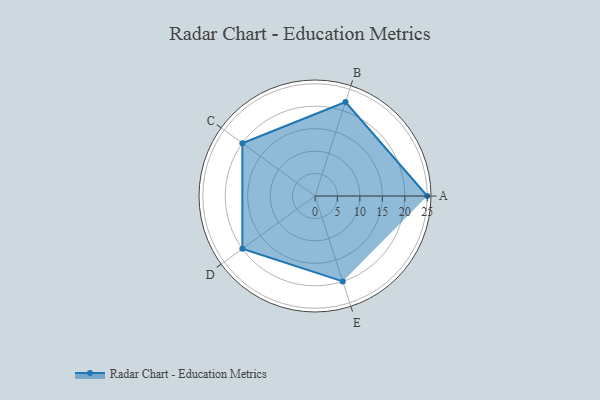
{"axis": {"x": "Skill", "y": "Score"}, "legend": ["Profile"], "data": [{"x": "A", "y": 25.0, "type": "Profile"}, {"x": "B", "y": 22.0, "type": "Profile"}, {"x": "C", "y": 20, "type": "Profile"}, {"x": "D", "y": 20, "type": "Profile"}, {"x": "E", "y": 20, "type": "Profile"}]}